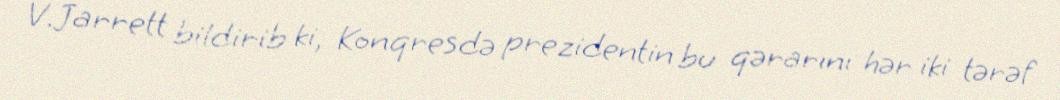
V.Jarrett bildirib ki, Konqresdə prezidentin bu qərarını hər iki tərəf